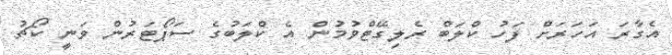
އެގާރަ އަހަރަށް ފަހު ކްލަބް ރެލިގޭޓްވުމުން އެ ކްލަބުގެ ސަޕޯޓަރުން ވަނީ ކޯޗު